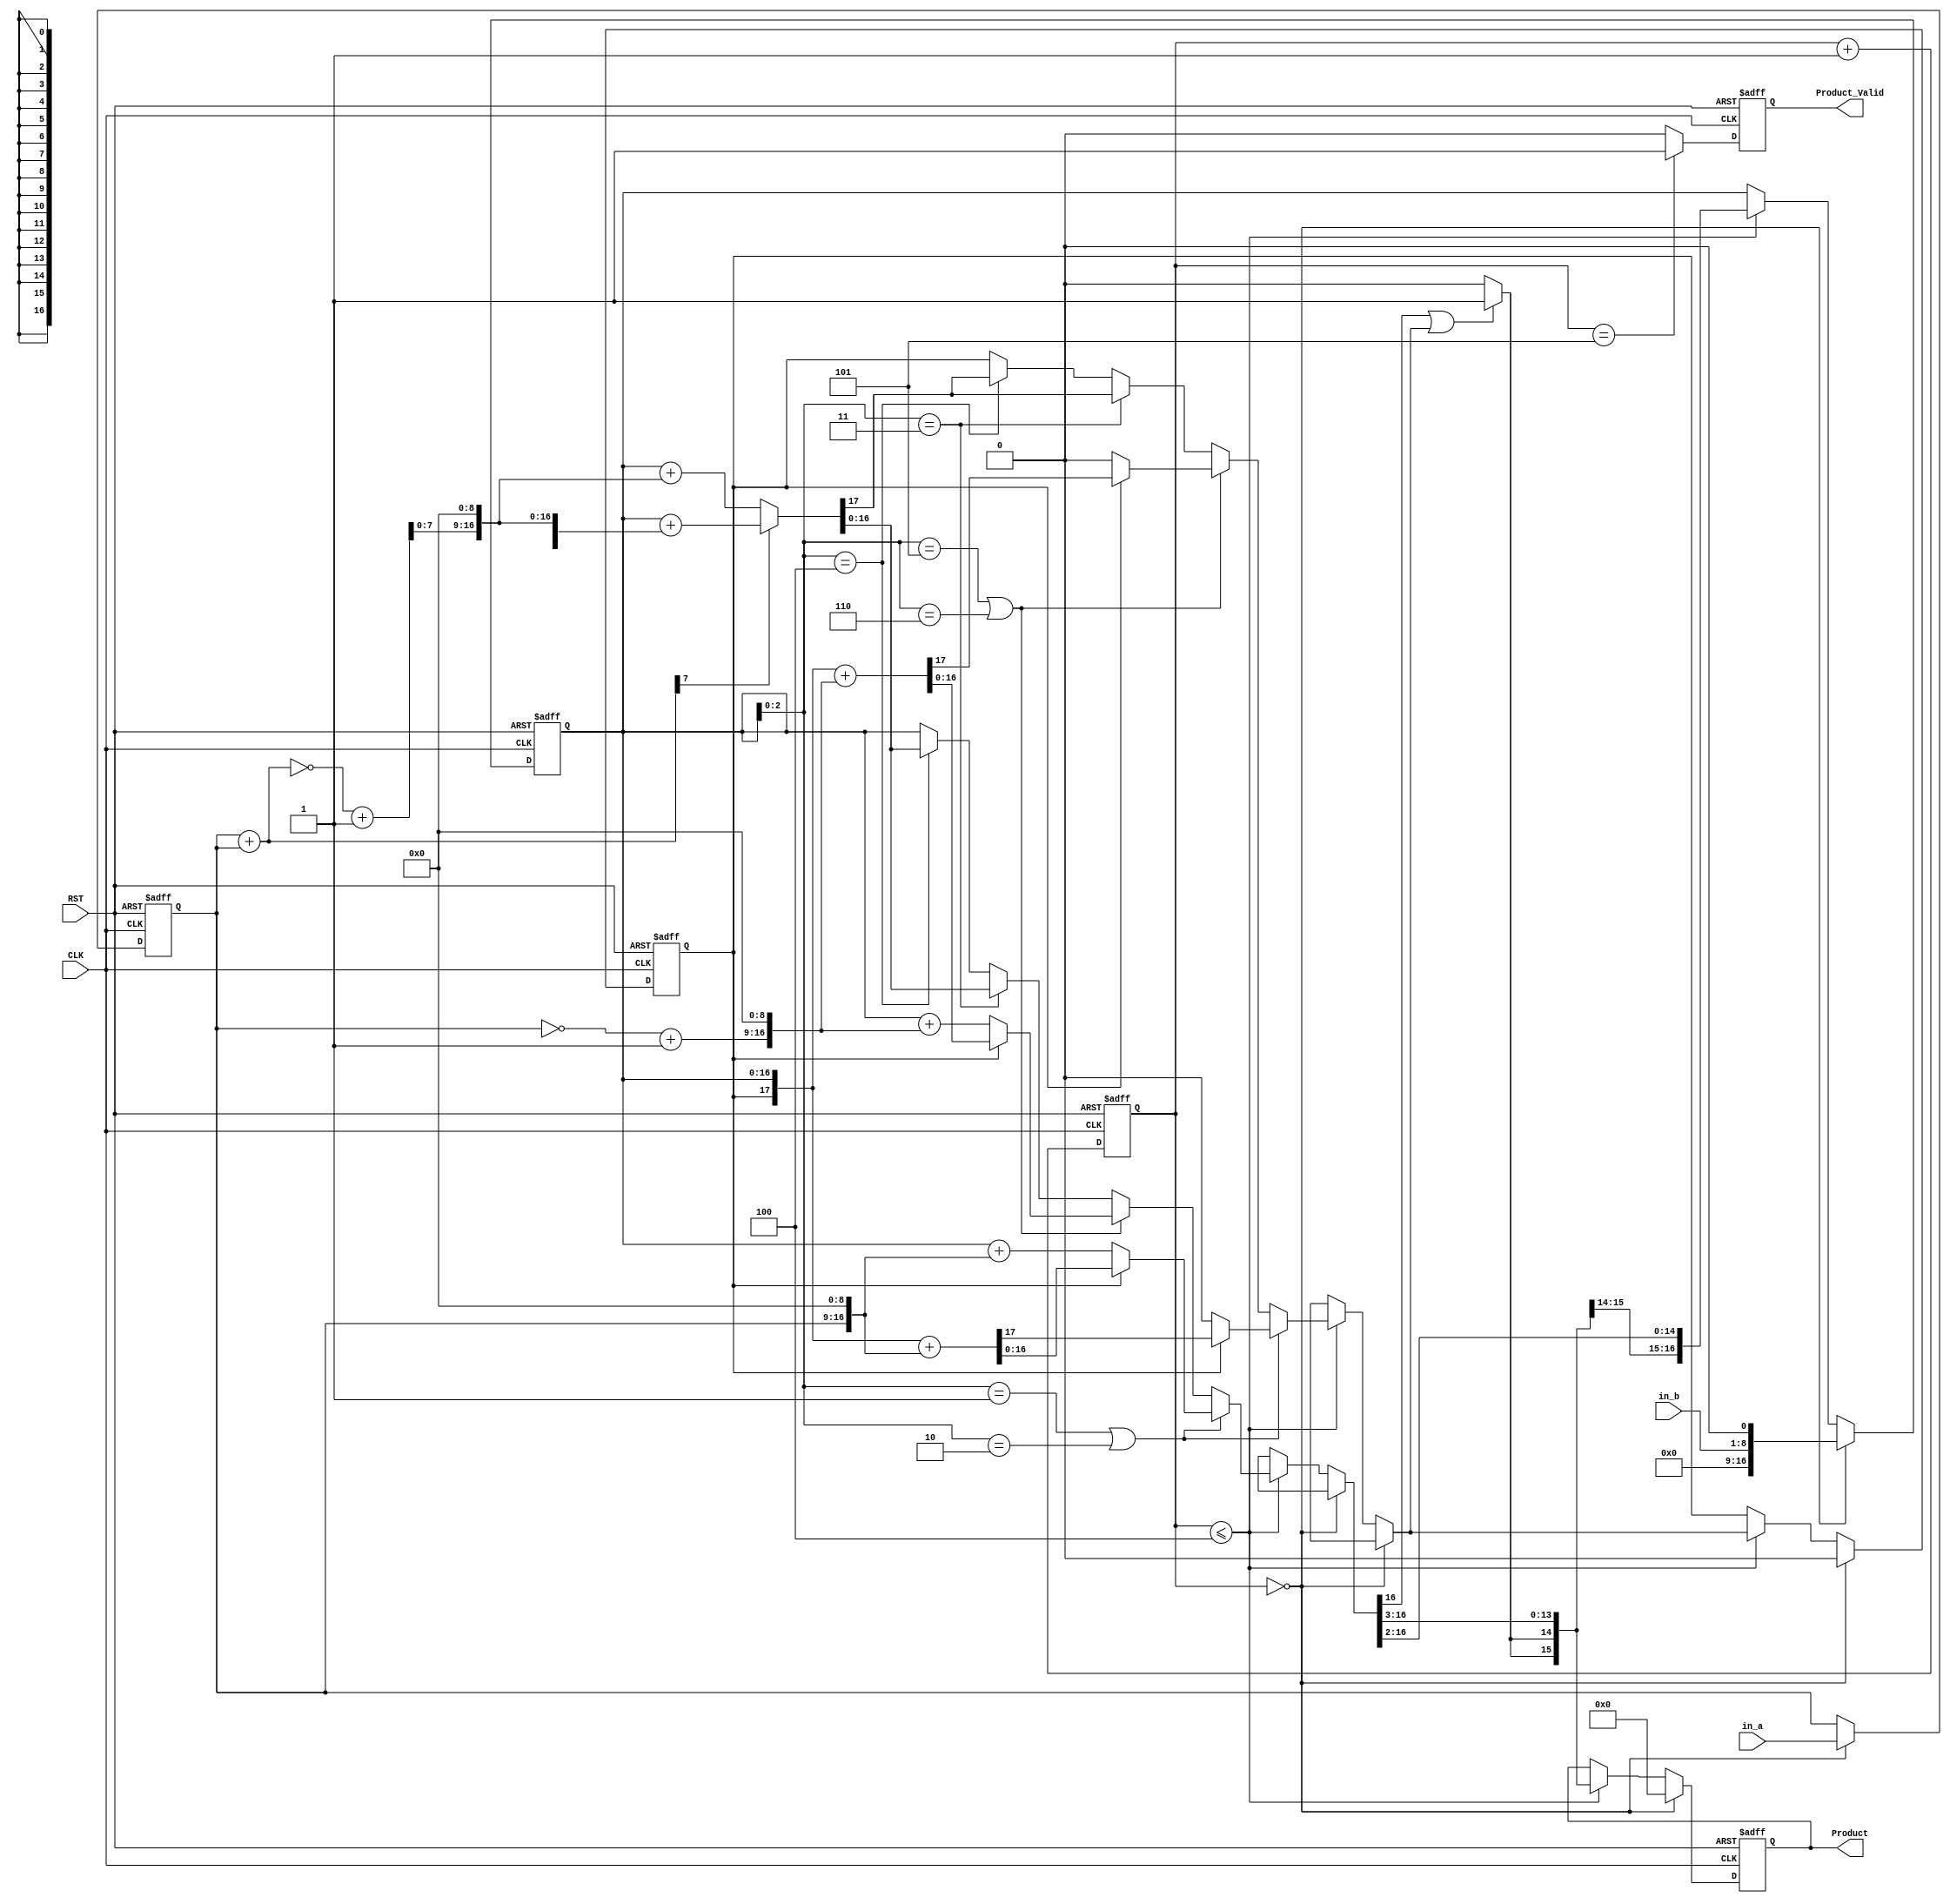
//(1ns)(1ps)
`timescale 1ns/1ps

//module,
module lab9_hw(
	CLK, 
	RST, 
	in_a, 
	in_b, 
	Product, 
	Product_Valid
);
// in_a * in_b = Product
// in_a is Multiplicand , in_b is Multiplier
					
//port, input, output
input 			CLK, RST;
input 	[7:0]	in_a;			// Multiplicand(8 bit)
input 	[7:0]	in_b;			// Multiplier(8 bit)
output 	[15:0]  Product;        // 16 bit
output  		Product_Valid;

reg 	[7:0]	Mplicand;		//(8 bit 0)
reg 	[7:0]	Mplier;			//(8 bit)
reg 	[15:0]	Product;        //16 bit
reg 			Product_Valid;
reg 	[5:0]	Counter ;
reg				sign;			// (signed)
reg     [16:0] temp_product;
reg     [7:0]  temp;
reg     [8:0]  temp2;
reg     ov;

//Counter
always @(posedge CLK or posedge RST)
begin
	if(RST)
		Counter <= 6'b0;
	else
		Counter <= Counter + 6'b1;

end

//Product
always @(posedge CLK or posedge RST)
begin
	//
	if(RST) begin
		temp_product  <= 17'b0;
		Product <= 16'b0;
		Mplicand <= 8'b0;
		Mplier   <= 8'b0;	
		ov <= 1'b0;	
	end 
	//
	else if(Counter == 6'd0) begin
		temp_product <= {8'b0,in_b,1'b0};
		Product     <= 16'b0;
		Mplicand 	<= in_a;
		Mplier	 	<= in_b;	
		ov <= 1'b0;	
	end 
	//
	else if(Counter <=6'd4) 
	begin
		if(temp_product[2:0] == 3'b001 || temp_product[2:0] == 3'b010) 
			if(ov == 0)
				temp_product = temp_product + {Mplicand,9'b0};
			else
				{ov, temp_product} = {ov, temp_product} + {Mplicand,9'b0}; 

		else if(temp_product[2:0] == 3'b101 || temp_product[2:0] == 3'b110)begin
				temp = ~Mplicand + 1;
			if(ov == 0)
				temp_product = temp_product + {temp,9'b0};
			else 
				{ov, temp_product} = {ov, temp_product} + {temp,9'b0}; 
		end

		else if(temp_product[2:0] == 3'b011)begin
			temp = Mplicand + Mplicand;
			if(temp[7] == 1)begin
				temp2 = ~{1'b0,temp} + 1;
				{ov, temp_product} = temp_product + {temp2,9'b0};
			end
			else begin
				temp = ~temp + 1;
				{ov, temp_product} = temp_product + {temp,9'b0};
			end
		end

		else if(temp_product[2:0] == 3'b100)begin
			temp = Mplicand + Mplicand;
			if(temp[7] == 1)begin
				temp2 = ~{1'b0,temp} + 1;
				{ov, temp_product} = temp_product + {temp2,9'b0};
			end
			else begin
				temp = ~temp + 1;
				{ov, temp_product} = temp_product + {temp,9'b0};
			end
		end

                if(temp_product[16] == 1 || ov == 1)begin
			temp_product = temp_product >> 2'b10;//shift right 2 bit
			temp_product[16] = 1;
			temp_product[15] = 1;
		end

		else			
			temp_product = temp_product >> 2'b10;//shift right 2 bit

		Product = temp_product[16:1];
		// $display ("//////////");
		// $display ("product is %b\n",{ov, temp_product});
		//Mplicand 	<= Mplicand << 1'b1;//shift left
		//Mplier 		<= Mplier >> 1'b1;//shift right
		
	end 
	else begin
		temp_product 	<= temp_product;
		Product     <= Product;
		Mplicand	<= Mplicand;
		Mplier 		<= Mplier;
	end
end

//Product_Valid
always @(posedge CLK or posedge RST)
begin
	if(RST)
		Product_Valid <=1'b0;
	else if(Counter==6'd5)
		Product_Valid <=1'b1;
	else
		Product_Valid <=1'b0;
end

endmodule